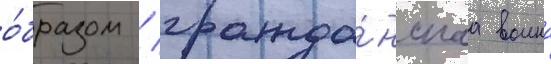
о́бразом / гражда́нскаа воина